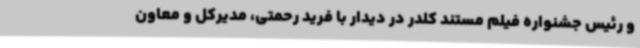
و رئیس جشنواره فیلم مستند کلدر در دیدار با فرید رحمتی، مدیرکل و معاون